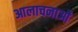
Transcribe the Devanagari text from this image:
आलाचनाओं